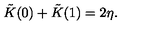
\tilde { K } ( 0 ) + \tilde { K } ( 1 ) = 2 \eta .